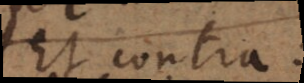
Et contra